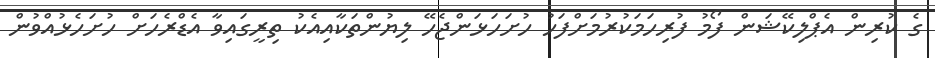
ގެ ކުރިން އެޕްލިކޭޝަން ފޯމު ފުރިހަމަކުރުމަށްފަހު ހުށަހަޅަންޖެހޭ ލިޔުންތަކާއިއެކު ތިރީގައިވާ އެޑްރެހަށް ހުށަހެޅުއްވުން